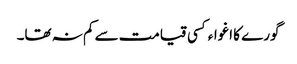
گورے کا اغواءکسی قیامت سے کم نہ تھا۔